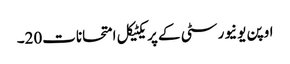
اوپن یونیورسٹی کے پریکٹیکل امتحانات20۔